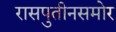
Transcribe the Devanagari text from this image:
रासपुतीनसमोर